Report of the Imperial Institute of Veterinary Research, Muktesar
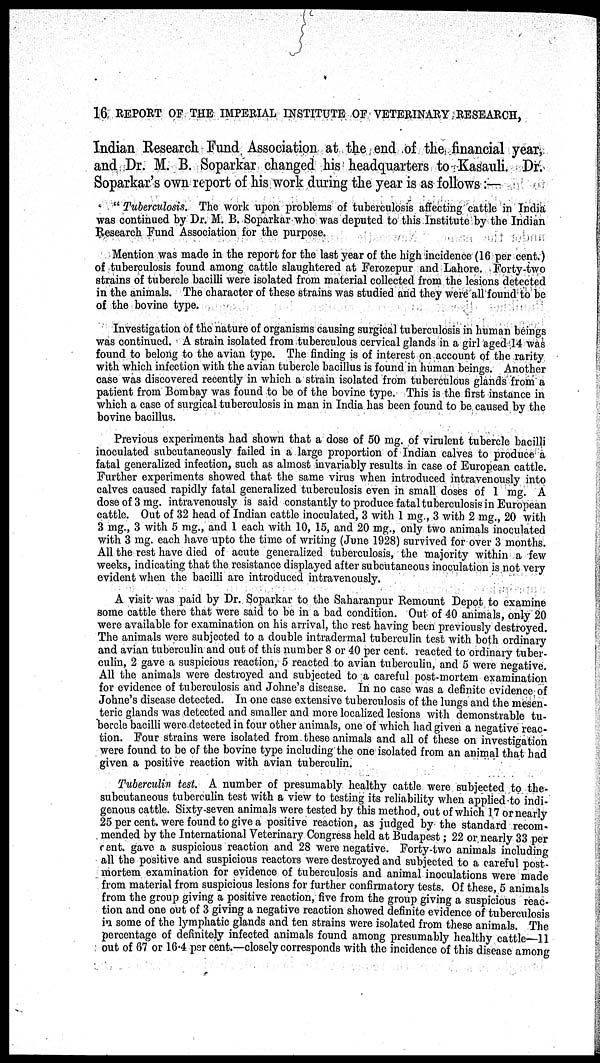
16 REPORT OF THE IMPERIAL INSTITUTE OF VETERINARY RESEARCH,
Indian Research Fund Association at the end of the financial year,
and Dr. M. B. Soparkar changed his headquarters to Kasauli. Dr.
Soparkar's own report of his work during the year is as follows :—
" Tuberculosis. The work upon problems of tuberculosis affecting cattle in India
was continued by Dr. M. B. Soparkar who was deputed to this Institute by the Indian
Research Fund Association for the purpose.
Mention was made in the report for the last year of the high incidence (16 per cent.)
of tuberculosis found among cattle slaughtered at Ferozepur and Lahore. Forty-two
strains of tubercle bacilli were isolated from material collected from the lesions detected
in the animals. The character of these strains was studied and they were all found to be
of the bovine type.
Investigation of the nature of organisms causing surgical tuberculosis in human beings
was continued. A strain isolated from tuberculous cervical glands in a girl aged 14 was
found to belong to the avian type. The finding is of interest on account of the rarity
with which infection with the avian tubercle bacillus is found in human beings. Another
case was discovered recently in which a strain isolated from tuberculous glands from a
patient from Bombay was found to be of the bovine type. This is the first instance in
which a case of surgical tuberculosis in man in India has been found to be caused by the
bovine bacillus.
Previous experiments had shown that a dose of 50 mg. of virulent tubercle bacilli
inoculated subcutaneously failed in a large proportion of Indian calves to produce a
fatal generalized infection, such as almost invariably results in case of European cattle.
Further experiments showed that the same virus when introduced intravenously into
calves caused rapidly fatal generalized tuberculosis even in small doses of 1 mg. A
dose of 3 mg. intravenously is said constantly to produce fatal tuberculosis in European
cattle. Out of 32 head of Indian cattle inoculated, 3 with 1 mg., 3 with 2 mg., 20 with
3 mg., 3 with 5 mg., and 1 each with 10, 15, and 20 mg., only two animals inoculated
with 3 mg. each have upto the time of writing (June 1928) survived for over 3 months.
All the rest have died of acute generalized tuberculosis, the majority within a few
weeks, indicating that the resistance displayed after subcutaneous inoculation is not very
evident when the bacilli are introduced intravenously.
A visit was paid by Dr. Soparkar to the Saharanpur Remount Depot to examine
some cattle there that were said to be in a bad condition. Out of 40 animals, only 20
were available for examination on his arrival, the rest having been previously destroyed.
The animals were subjected to a double intradermal tuberculin test with both ordinary
and avian tuberculin and out of this number 8 or 40 per cent. reacted to ordinary tuber-
culin, 2 gave a suspicious reaction, 5 reacted to avian tuberculin, and 5 were negative.
All the animals were destroyed and subjected to a careful post-mortem examination
for evidence of tuberculosis and Johne's disease. In no case was a definite evidence of
Johne's disease detected. In one case extensive tuberculosis of the lungs and the mesen-
teric glands was detected and smaller and more localized lesions with demonstrable tu-
bercle bacilli were detected in four other animals, one of which had given a negative reac-
tion. Four strains were isolated from these animals and all of these on investigation
were found to be of the bovine type including the one isolated from an animal that had
given a positive reaction with avian tuberculin.
Tuberculin test. A number of presumably healthy cattle were subjected to the-
subcutaneous tuberculin test with a view to testing its reliability when applied to indi-
genous cattle. Sixty-seven animals were tested by this method, out of which 17 or nearly
25 per cent. were found to give a positive reaction, as judged by the standard recom-
mended by the International Veterinary Congress held at Budapest; 22 or nearly 33 per
cent. gave a suspicious reaction and 28 were negative. Forty-two animals including
all the positive and suspicious reactors were destroyed and subjected to a careful post-
mortem examination for evidence of tuberculosis and animal inoculations were made
from material from suspicious lesions for further confirmatory tests. Of these, 5 animals
from the group giving a positive reaction, five from the group giving a suspicious reac-
tion and one out of 3 giving a negative reaction showed definite evidence of tuberculosis
in some of the lymphatic glands and ten strains were isolated from these animals. The
percentage of definitely infected animals found among presumably healthy cattle—11
out of 67 or 16.4 per cent.—closely corresponds with the incidence of this disease among